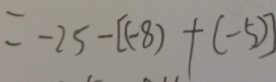
= - 2 5 - [ ( - 8 ) + ( - 5 ) ]